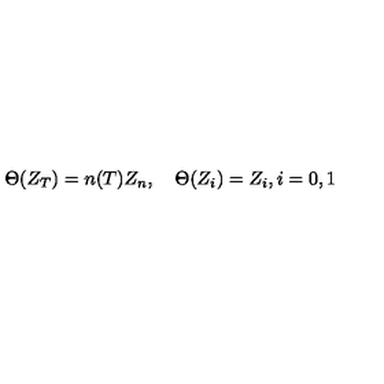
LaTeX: \Theta ( Z _ { T } ) = n ( T ) Z _ { n } , \quad \Theta ( Z _ { i } ) = Z _ { i } , i = 0 , 1